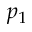
p _ { 1 }